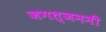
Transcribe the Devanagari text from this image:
जगत्‌जननी